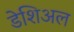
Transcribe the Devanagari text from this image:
डेशिअल